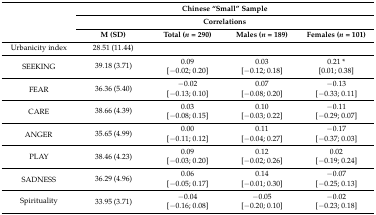
| <ROWSPAN=3>  | <COLSPAN=4> Chinese “Small” Sample |
 | <COLSPAN=4> Correlations |
 | M (SD) | Total (n = 290) | Males (n = 189) | Females (n = 101) |
 | --- | --- | --- | --- | --- |
 | Urbanicity index | 28.51 (11.44) |  |  |  |
 | <ROWSPAN=2> SEEKING | <ROWSPAN=2> 39.18 (3.71) | 0.09 | 0.03 | 0.21 * |
 | [−0.02; 0.20] | [−0.12; 0.18] | [0.01; 0.38] |
 | <ROWSPAN=2> FEAR | <ROWSPAN=2> 36.36 (5.40) | −0.02 | 0.07 | −0.13 |
 | [−0.13; 0.10] | [−0.08; 0.20] | [−0.33; 0.11] |
 | <ROWSPAN=2> CARE | <ROWSPAN=2> 38.66 (4.39) | 0.03 | 0.10 | −0.11 |
 | [−0.08; 0.15] | [−0.03; 0.22] | [−0.29; 0.07] |
 | <ROWSPAN=2> ANGER | <ROWSPAN=2> 35.65 (4.99) | 0.00 | 0.11 | −0.17 |
 | [−0.11; 0.12] | [−0.04; 0.27] | [−0.37; 0.03] |
 | <ROWSPAN=2> PLAY | <ROWSPAN=2> 38.46 (4.23) | 0.09 | 0.12 | 0.02 |
 | [−0.03; 0.20] | [−0.02; 0.26] | [−0.19; 0.24] |
 | <ROWSPAN=2> SADNESS | <ROWSPAN=2> 36.29 (4.96) | 0.06 | 0.14 | −0.07 |
 | [−0.05; 0.17] | [−0.01; 0.30] | [−0.25; 0.13] |
 | <ROWSPAN=2> Spirituality | <ROWSPAN=2> 33.95 (3.71) | −0.04 | −0.05 | −0.02 |
 | [−0.16; 0.08] | [−0.20; 0.10] | [−0.23; 0.18] |